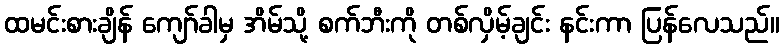
ထမင်းစားချိန် ကျော်ခါမှ အိမ်သို့ စက်ဘီးကို တစ်လှိမ့်ချင်း နင်းကာ ပြန်လေသည်။